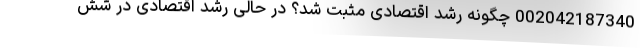
002042187340 چگونه رشد اقتصادی مثبت شد؟ در حالی رشد اقتصادی در شش